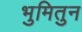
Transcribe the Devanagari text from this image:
भुमितुन